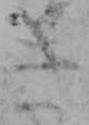
き